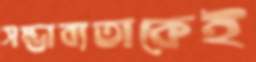
সম্ভাব্যতাকেই